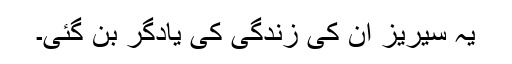
یہ سیریز ان کی زندگی کی یادگر بن گئی۔